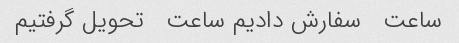
ساعت   سفارش دادیم ساعت   تحویل گرفتیم